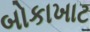
બોકાખાટ